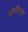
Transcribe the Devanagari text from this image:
उपविराम